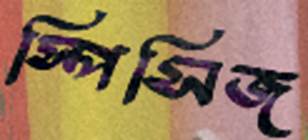
স্পিসিজ